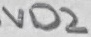
Text: VD2